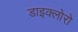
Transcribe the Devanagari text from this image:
डाइक्लोरो